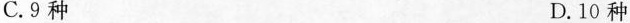
C.9种 D.10种